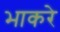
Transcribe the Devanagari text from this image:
भाकरे